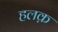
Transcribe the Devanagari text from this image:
हलक़